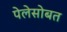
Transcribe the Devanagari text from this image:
पेलेसोबत